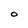
Character: O